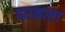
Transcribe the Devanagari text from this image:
परकाष्टा